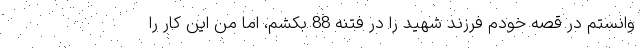
وانستم در قصه خودم فرزند شهید را در فتنه 88 بکشم، اما من این کار را